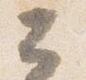
公